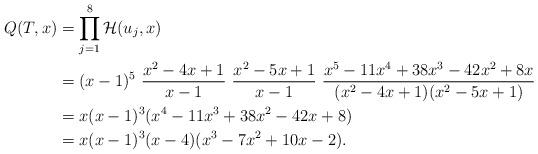
LaTeX: \begin{align*} Q(T, x) &= \prod_{j = 1}^{8} \mathcal{H}(u_j, x)\\ &= (x-1)^5 \ \dfrac{x^2 - 4x + 1}{x-1} \ \dfrac{x^2 - 5x + 1}{x-1} \ \frac{x^5 - 11x^4 + 38x^3 - 42x^2 + 8x}{(x^2-4x+1)(x^2-5x+1)}\\ &= x(x-1)^3 (x^4 - 11x^3 + 38x^2 - 42x+8)\\ &= x(x-1)^3 (x-4) (x^3 - 7x^2 + 10x - 2) .\end{align*}